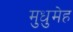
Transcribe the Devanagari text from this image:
मुधुमेह